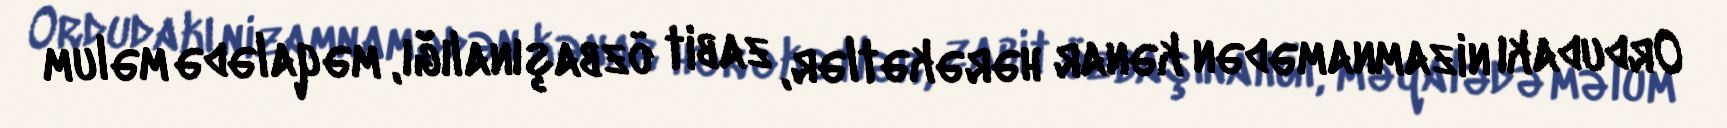
Ordudakı nizamnamədən kənar hərəkətlər, zabit özbaşınalığı, məqalədə məlum